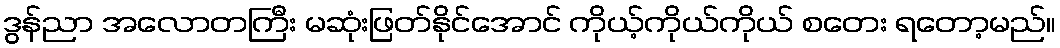
ဒွန်ညာ အလောတကြီး မဆုံးဖြတ်နိုင်အောင် ကိုယ့်ကိုယ်ကိုယ် စတေး ရတော့မည်။